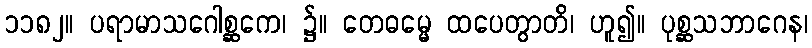
၁၁၈၂။ ပရာမာသဂေါစ္ဆကေ၊ ၌။ တေဓမ္မေ ထပေတွာတိ၊ ဟူ၍။ ပုစ္ဆသဘာဂေန၊